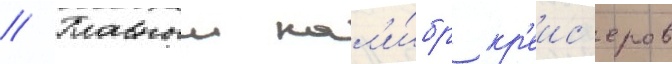
// Главныи кал'и́бр кр'еис'еров